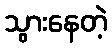
သွားနေတဲ့